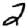
Digit: 2